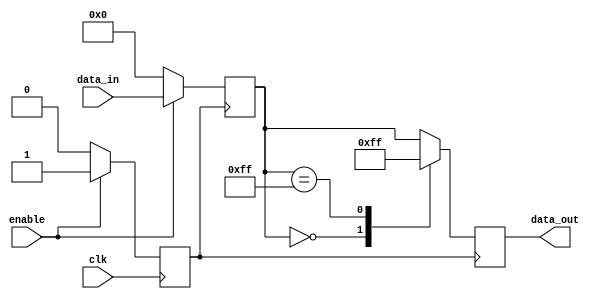
module io_buffer (
    input wire clk,
    input wire enable,
    input wire [7:0] data_in,
    output wire [7:0] data_out
);

// Implementing clock gating
reg gated_clk;
always @ (posedge clk) begin
    if (enable == 1'b1) begin
        gated_clk <= 1'b1;
    end else begin
        gated_clk <= 1'b0;
    end
end

// Implementing power gating
reg [7:0] gated_data_in;
always @ (posedge gated_clk) begin
    if (enable == 1'b1) begin
        gated_data_in <= data_in;
    end else begin
        gated_data_in <= 8'h00; // Power off data input
    end
end

// Adjustable drive strength
reg [7:0] data_out_internal;
always @ (posedge gated_clk) begin
    case(gated_data_in)
        8'h00: data_out_internal <= 8'h00; // Minimum drive strength
        8'hFF: data_out_internal <= 8'hFF; // Maximum drive strength
        default: data_out_internal <= gated_data_in; // Default drive strength
    endcase
end

// ESD protection
assign data_out = data_out_internal;

endmodule